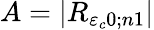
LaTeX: A=\vert{R}_{{\varepsilon}_{c}0;{n}1}\vert